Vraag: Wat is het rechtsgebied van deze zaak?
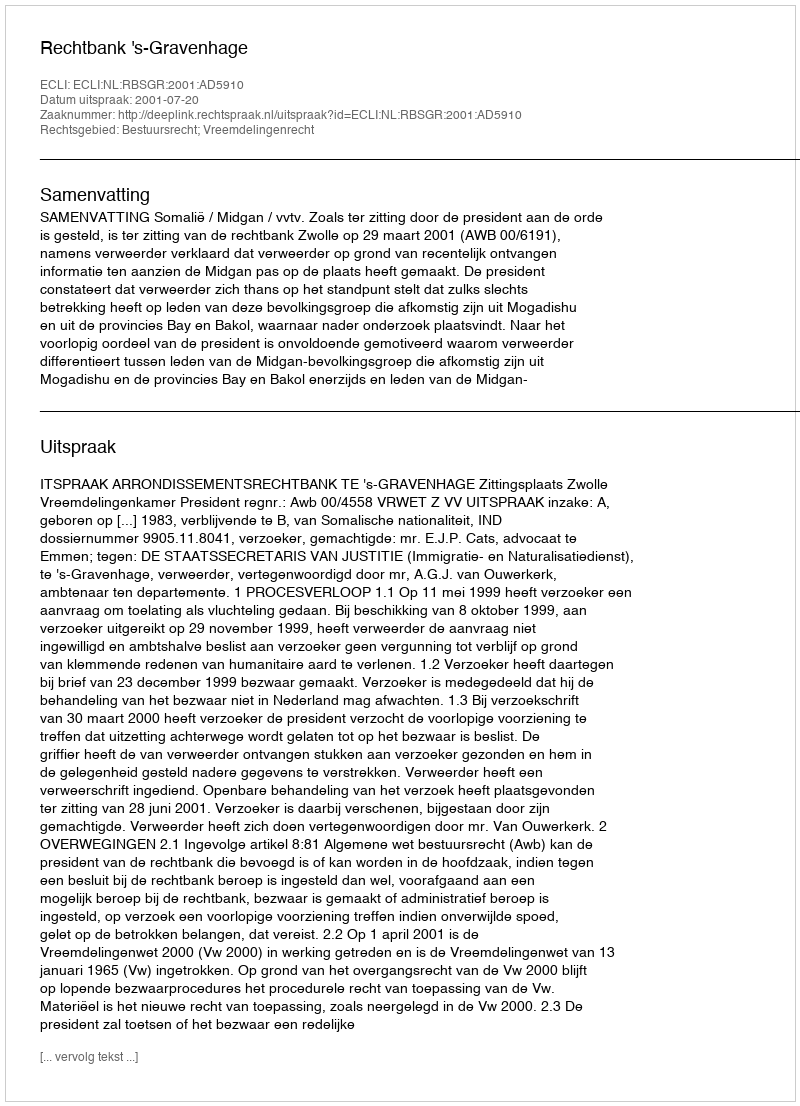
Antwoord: Bestuursrecht; Vreemdelingenrecht